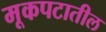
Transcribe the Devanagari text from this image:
मूकपटातील